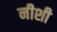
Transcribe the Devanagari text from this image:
नीशी